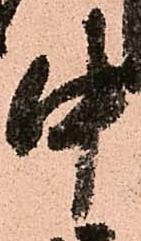
中